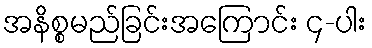
အနိစ္စမည်ခြင်းအကြောင်း ၄-ပါး